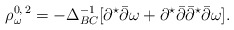
\begin{align*}\rho_\omega^{0,\,2} = -\Delta_{BC}^{-1}[\partial^\star\bar\partial\omega + \partial^\star\bar\partial\bar\partial^\star\bar\partial\omega].\end{align*}